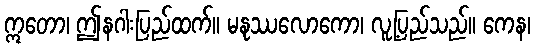
ဣတော၊ ဤနဂါးပြည်ထက်။ မနုဿလောကော၊ လူ့ပြည်သည်။ ကေန၊